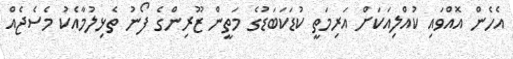
އެހެން އޮއްވައި ކުއްލިއަކަށް އަރިމަތީ ކުޑަކަބަޑުގެ މަތީން ޒޫރިންގެ ފޯނު ތެޅިލުމާއެކު މެސެޖެއް